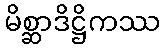
မိစ္ဆာဒိဋ္ဌိကဿ